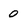
Character: 0